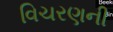
વિચરણની